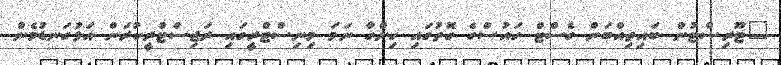
"ޓޫރިސްޓުން ބައިތިއްބަން ގެސްޓް ހައުސްގެ ގޮތުގައި ހިންގާ ނަމަ މިނިސްޓްރީގައި ރަޖިސްޓްރީކުރަން އަޅުގަނޑުމެން